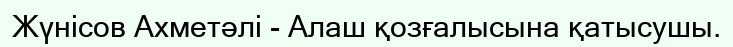
Жүнісов Ахметәлі - Алаш қозғалысына қатысушы.